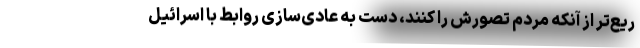
ریع‌تر از آنکه مردم تصورش را کنند، دست به عادی‌سازی روابط با اسرائیل